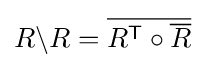
R\backslash R={\overline {R^{\textsf {T}}\circ {\overline {R}}}}